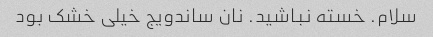
سلام. خسته نباشید. نان ساندویج خیلی خشک بود